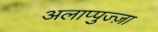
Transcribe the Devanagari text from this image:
अलाप्पुज्ज़ा